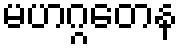
မဟဂ္ဂတေန